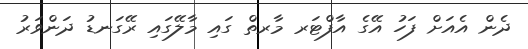
ދެން އެއަށް ފަހު އޭގެ އާފްޓަރ މާރތް ގައި މާލޭގައި ރޭގަނޑު ދަންވަރު